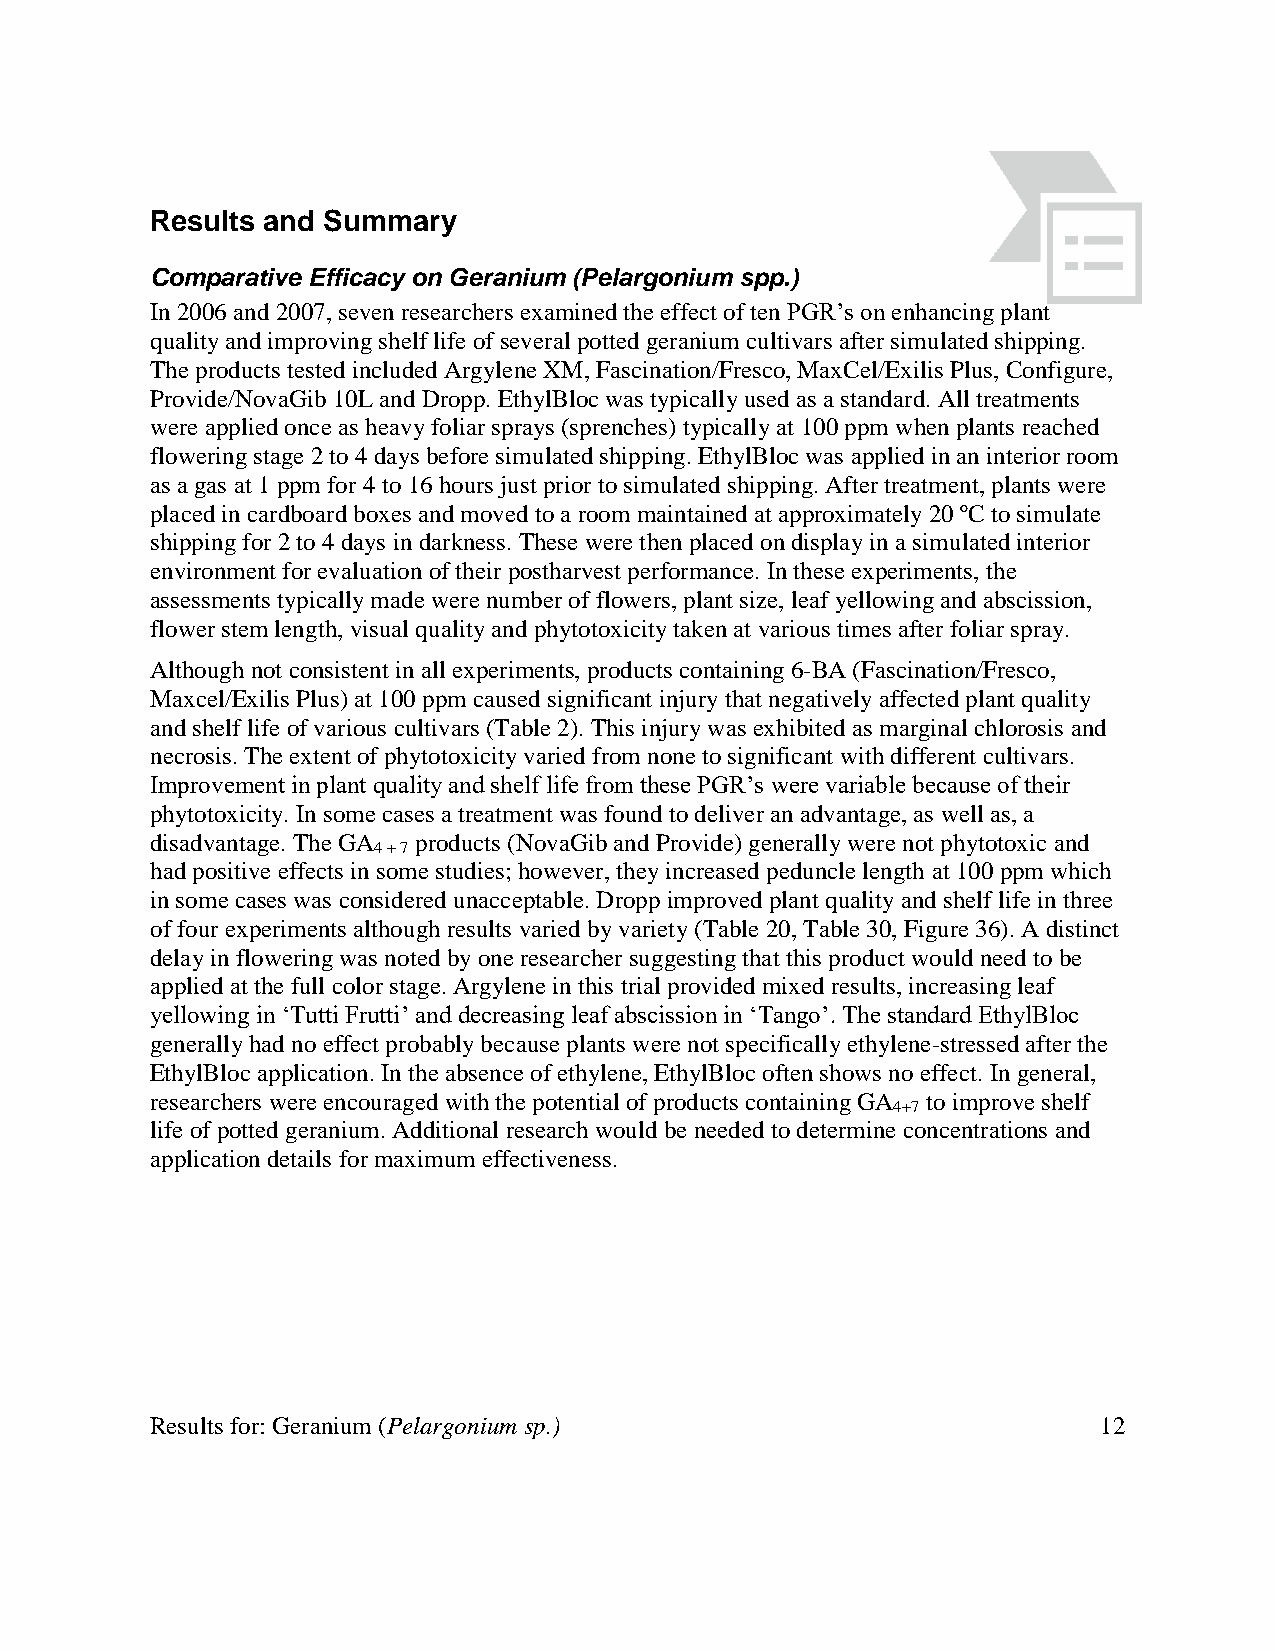
Results and Summary
 Comparative Efficacy on Geranium (Pelargonium spp.)
 In 2006 and 2007, seven researchers examined the effect of ten PGR’s on enhancing plant
 quality and improving shelf life of several potted geranium cultivars after simulated shipping.
 The products tested included Argylene XM, Fascination/Fresco, MaxCel/Exilis Plus, Configure,
 Provide/NovaGib 10L and Dropp. EthylBloc was typically used as a standard. All treatments
 were applied once as heavy foliar sprays (sprenches) typically at 100 ppm when plants reached
 flowering stage 2 to 4 days before simulated shipping. EthylBloc was applied in an interior room
 as a gas at 1 ppm for 4 to 16 hours just prior to simulated shipping. After treatment, plants were
 placed in cardboard boxes and moved to a room maintained at approximately 20 ºC to simulate
 shipping for 2 to 4 days in darkness. These were then placed on display in a simulated interior
 environment for evaluation of their postharvest performance. In these experiments, the
 assessments typically made were number of flowers, plant size, leaf yellowing and abscission,
 flower stem length, visual quality and phytotoxicity taken at various times after foliar spray.
 Although not consistent in all experiments, products containing 6-BA (Fascination/Fresco,
 Maxcel/Exilis Plus) at 100 ppm caused significant injury that negatively affected plant quality
 and shelf life of various cultivars (Table 2). This injury was exhibited as marginal chlorosis and
 necrosis. The extent of phytotoxicity varied from none to significant with different cultivars.
 Improvement in plant quality and shelf life from these PGR’s were variable because of their
 phytotoxicity. In some cases a treatment was found to deliver an advantage, as well as, a
 disadvantage. The GA products (NovaGib and Provide) generally were not phytotoxic and
 4 + 7
 had positive effects in some studies; however, they increased peduncle length at 100 ppm which
 in some cases was considered unacceptable. Dropp improved plant quality and shelf life in three
 of four experiments although results varied by variety (Table 20, Table 30, Figure 36). A distinct
 delay in flowering was noted by one researcher suggesting that this product would need to be
 applied at the full color stage. Argylene in this trial provided mixed results, increasing leaf
 yellowing in ‘Tutti Frutti’ and decreasing leaf abscission in ‘Tango’. The standard EthylBloc
 generally had no effect probably because plants were not specifically ethylene-stressed after the
 EthylBloc application. In the absence of ethylene, EthylBloc often shows no effect. In general,
 researchers were encouraged with the potential of products containing GA to improve shelf
 4+7
 life of potted geranium. Additional research would be needed to determine concentrations and
 application details for maximum effectiveness.
 Results for: Geranium (Pelargonium sp.)                        12